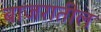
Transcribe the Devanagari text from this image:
बाजरातील